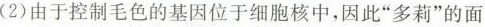
(2)由于控制毛色的基因位于细胞核中，因此”多莉”的面